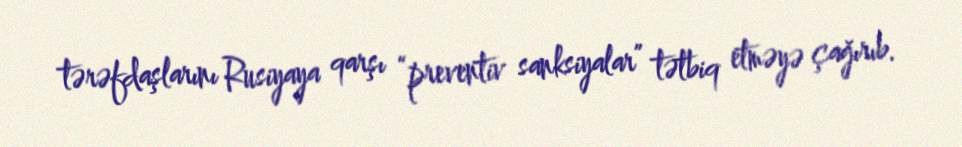
tərəfdaşlarını Rusiyaya qarşı “preventiv sanksiyalar” tətbiq etməyə çağırıb.